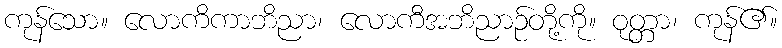
ကုန်သော။ လောကိကာဘိညာ၊ လောကီအဘိညာဉ်တို့ကို။ ဝုတ္တာ၊ ကုန်၏။